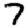
Digit: 7